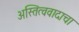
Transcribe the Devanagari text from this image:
अस्तित्ववादाचा